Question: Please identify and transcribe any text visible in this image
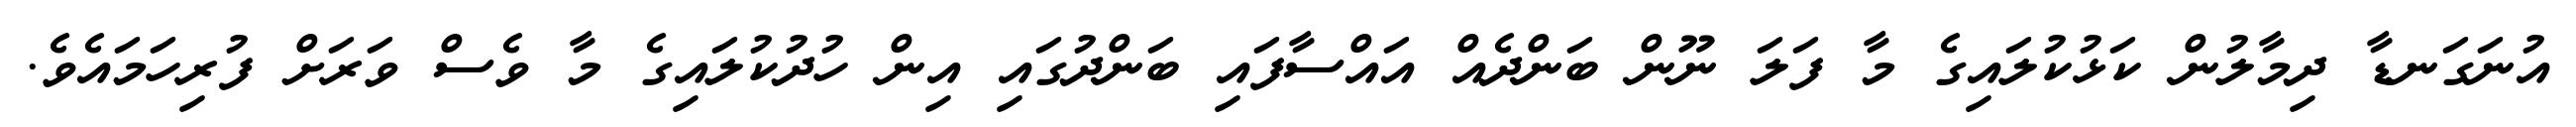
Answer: އުނަގަނޑާ ދިމާލުން ކަޅުކުލައިގެ މާ ފަލަ ނޫން ބަންދެއް އައްސާފައި ބަންދުގައި އިން ހުދުކުލައިގެ މާ ވެސް ވަރަށް ފުރިހަމައެވެ.